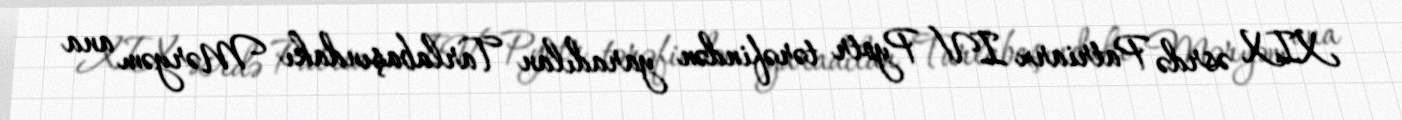
XIX əsrdə Patriarx IV Pyotr tərəfindən yaradılan Tarlabaşındakı Məryəm ana